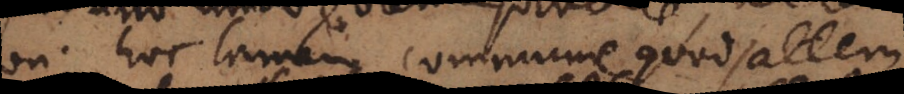
non; hoc tamen commune, quod saltem